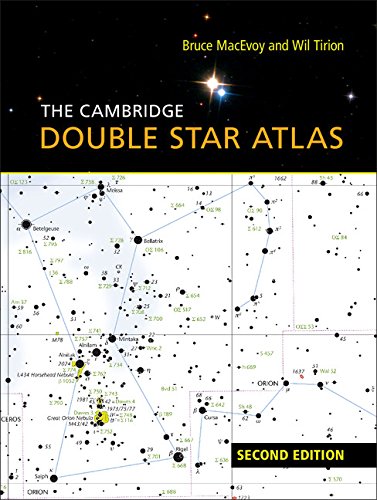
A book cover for The Cambridge Double Star Atlas; Bruce MacEvoy; Science & Math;